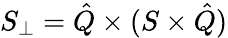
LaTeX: S_{\perp}=\hat{Q}\times(S\times\hat{Q})